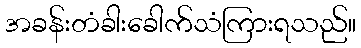
အခန်းတံခါးခေါက်သံကြားရသည်။